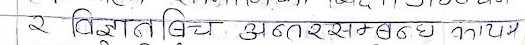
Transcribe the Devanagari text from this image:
२ विज्ञान बिच अन्तरसम्बन्ध कायम